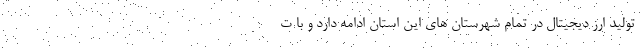
تولید ارز دیجیتال در تمام شهرستان های این استان ادامه دارد و با ت